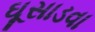
ઘૂસાડવા